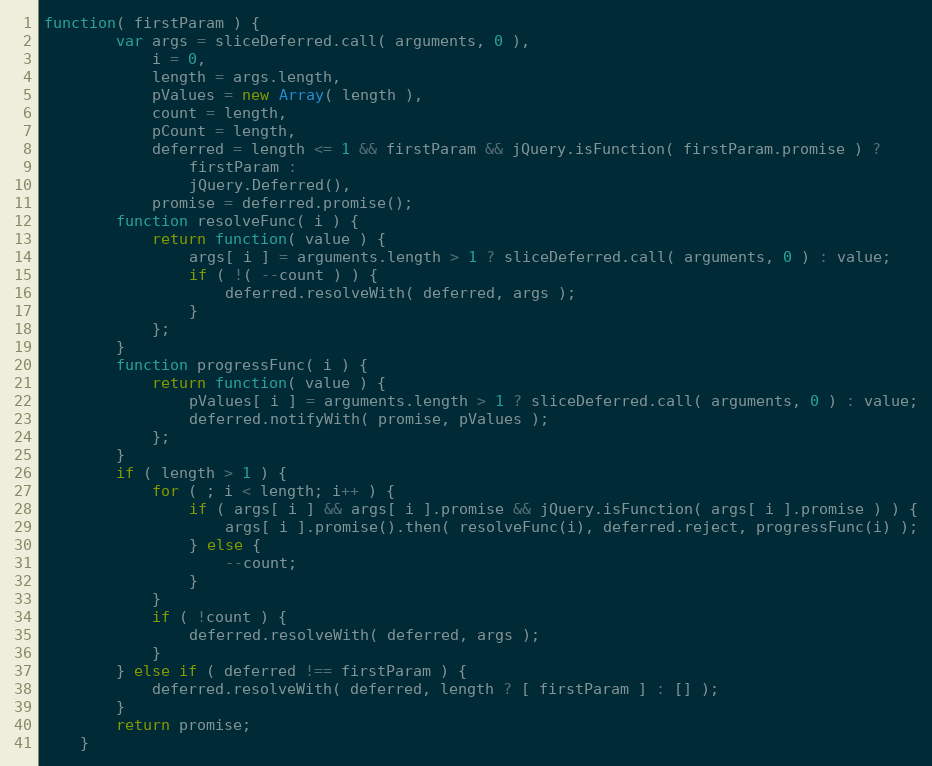
Language: JavaScript
function( firstParam ) {
		var args = sliceDeferred.call( arguments, 0 ),
			i = 0,
			length = args.length,
			pValues = new Array( length ),
			count = length,
			pCount = length,
			deferred = length <= 1 && firstParam && jQuery.isFunction( firstParam.promise ) ?
				firstParam :
				jQuery.Deferred(),
			promise = deferred.promise();
		function resolveFunc( i ) {
			return function( value ) {
				args[ i ] = arguments.length > 1 ? sliceDeferred.call( arguments, 0 ) : value;
				if ( !( --count ) ) {
					deferred.resolveWith( deferred, args );
				}
			};
		}
		function progressFunc( i ) {
			return function( value ) {
				pValues[ i ] = arguments.length > 1 ? sliceDeferred.call( arguments, 0 ) : value;
				deferred.notifyWith( promise, pValues );
			};
		}
		if ( length > 1 ) {
			for ( ; i < length; i++ ) {
				if ( args[ i ] && args[ i ].promise && jQuery.isFunction( args[ i ].promise ) ) {
					args[ i ].promise().then( resolveFunc(i), deferred.reject, progressFunc(i) );
				} else {
					--count;
				}
			}
			if ( !count ) {
				deferred.resolveWith( deferred, args );
			}
		} else if ( deferred !== firstParam ) {
			deferred.resolveWith( deferred, length ? [ firstParam ] : [] );
		}
		return promise;
	}